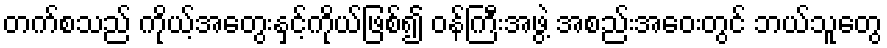
တက်စသည် ကိုယ့်အတွေးနှင့်ကိုယ်ဖြစ်၍ ဝန်ကြီးအဖွဲ့ အစည်းအဝေးတွင် ဘယ်သူတွေ